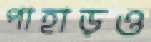
পাহাড়ও